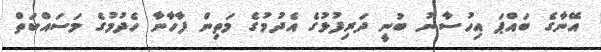
އޭނާގެ ބައްޕަ އިހުސާނު ބުނީ ދަރިފުޅުގެ އެދުމުގެ މަތިން ފާހާނާ ހެދުމުގެ މަސައްކަތް